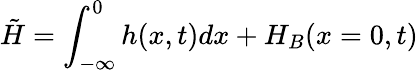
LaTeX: \tilde{H}=\int_{-\infty}^{0}h(x,t)dx+H_{B}(x=0,t)